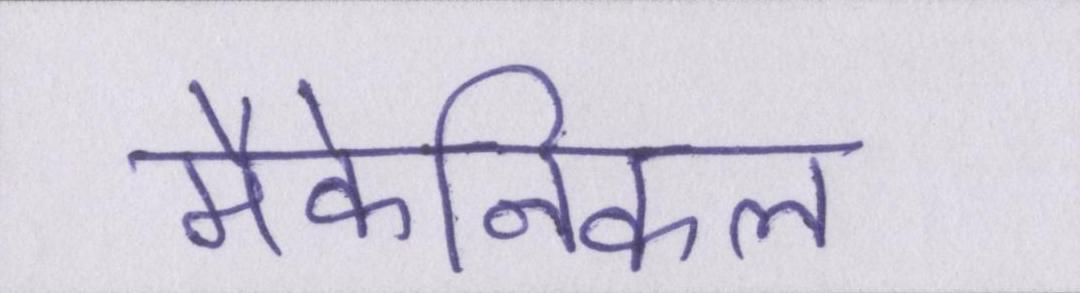
मैकेनिकल